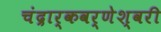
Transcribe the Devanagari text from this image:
चंद्रार्कवर्णेश्वरी